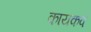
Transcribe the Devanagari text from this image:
कायकवे